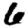
Digit: 6